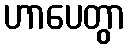
ဟာပေတွာ